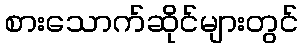
စားသောက်ဆိုင်များတွင်